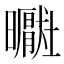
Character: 𪱑